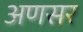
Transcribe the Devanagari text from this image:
अणसर